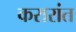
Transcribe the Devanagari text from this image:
करारांत